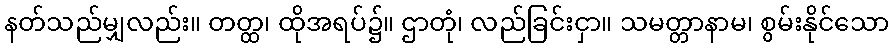
နတ်သည်မျှလည်း။ တတ္ထ၊ ထိုအရပ်၌။ ဌာတုံ၊ လည်ခြင်းငှာ။ သမတ္တာနာမ၊ စွမ်းနိုင်သော